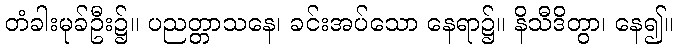
တံခါးမုခ်ဦး၌။ ပညတ္တာသနေ၊ ခင်းအပ်သော နေရာ၌။ နိသီဒိတွာ၊ နေ၍။